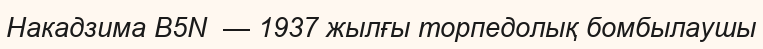
Накадзима B5N  — 1937 жылғы торпедолық бомбылаушы